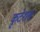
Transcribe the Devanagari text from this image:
कृटेशस